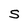
Character: S